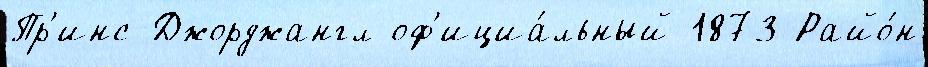
Пр'инс-Джорджангл оф'ициа́льный 1873 Райо́н